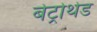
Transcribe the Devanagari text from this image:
बेट्रोथेड